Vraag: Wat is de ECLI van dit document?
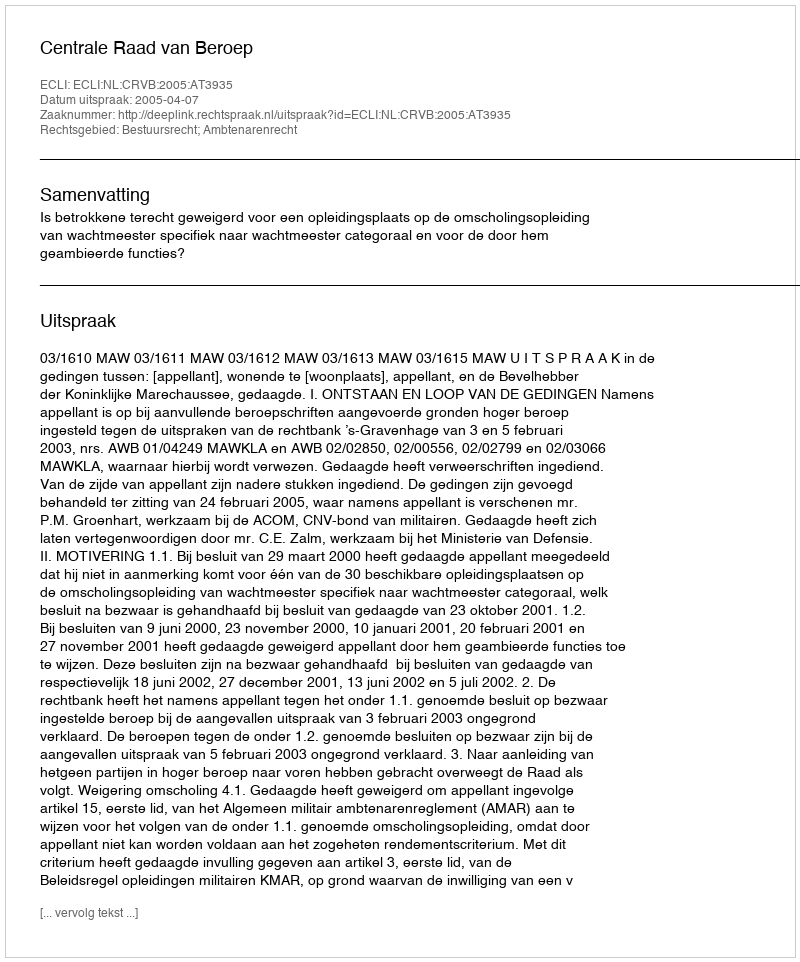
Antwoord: ECLI:NL:CRVB:2005:AT3935